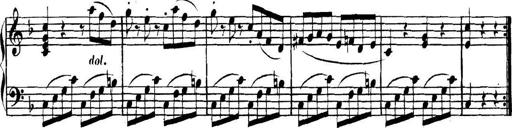
Title: Collected Piano Sonatas
Composer: Muzio Clementi